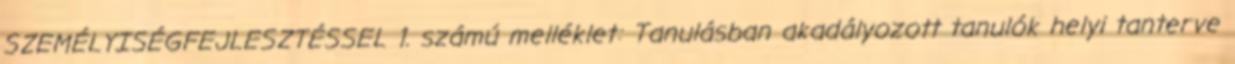
SZEMÉLYISÉGFEJLESZTÉSSEL 1. számú melléklet: Tanulásban akadályozott tanulók helyi tanterve